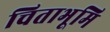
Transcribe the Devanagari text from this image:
चिताभूमि